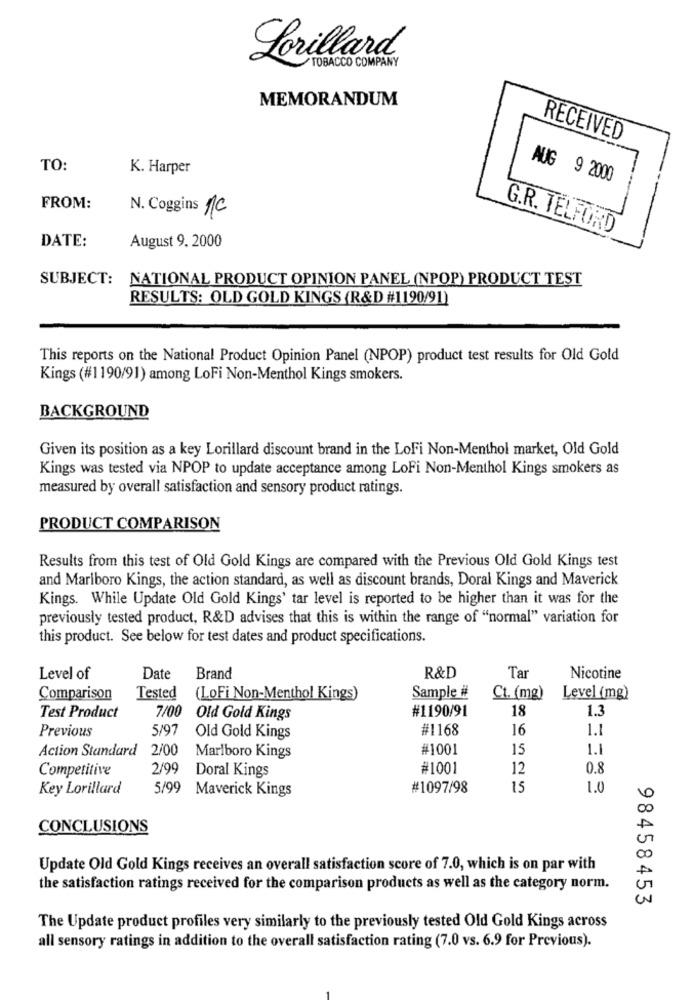
Lorillard,
TOBACCO COMPANY
MEMORANDUM
RECEIVED
TO:
K. Harper
AUG 9 2000
FROM:
N. Coggins 1C
G.R. TELFORD
DATE:
August 9. 2000
SUBJECT: NATIONAL PRODUCT OPINION PANEL (NPOP) PRODUCT TEST
RESULTS: OLD GOLD KINGS (R&D #1190/91)
This reports on the National Product Opinion Panel (NPOP) product test results for Old Gold
Kings (#1190/91) among LoFi Non-Menthol Kings smokers.
BACKGROUND
Given its position as a key Lorillard discount brand in the LoFi Non-Menthol market, Old Gold
Kings was tested via NPOP to update acceptance among LoFi Non-Menthol Kings smokers as
measured by overall satisfaction and sensory product ratings.
PRODUCT COMPARISON
Results from this test of Old Gold Kings are compared with the Previous Old Gold Kings test
and Marlboro Kings, the action standard, as well as discount brands, Doral Kings and Maverick
Kings. While Update Old Gold Kings' tar level is reported to be higher than it was for the
previously tested product, R&D advises that this is within the range of "normal" variation for
this product. See below for test dates and product specifications.
Level of
Date
Brand
R&D
Tar
Nicotine
Comparison
Tested
(LoFi Non-Menthol Kings)
Sample #
Ct. (mg)
Level (mg)
7/00
#1190/91
18
1.3
Test Product
Old Gold Kings
Previous
5/97
#1168
16
1.1
Old Gold Kings
Action Standard
2/00
#1001
15
1.1
Marlboro Kings
Competitive
2/99
Doral Kings
#1001
12
0.8
Key Lorillard
5/99
Maverick Kings
#1097/98
15
1.0
CONCLUSIONS
Update Old Gold Kings receives an overall satisfaction score of 7.0, which is on par with
the satisfaction ratings received for the comparison products as well as the category norm.
98458453
The Update product profiles very similarly to the previously tested Old Gold Kings across
all sensory ratings in addition to the overall satisfaction rating (7.0 vs. 6.9 for Previous).